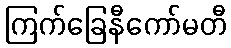
ကြက်ခြေနီကော်မတီ